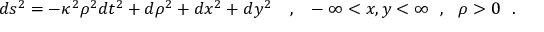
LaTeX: d s ^ { 2 } = - \kappa ^ { 2 } \rho ^ { 2 } d t ^ { 2 } + d \rho ^ { 2 } + d x ^ { 2 } + d y ^ { 2 } { } ~ ~ ~ , ~ ~ - \infty < x , y < \infty ~ ~ , ~ ~ \rho > 0 ~ ~ .